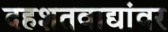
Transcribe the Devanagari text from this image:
दहशतवाद्यांवर